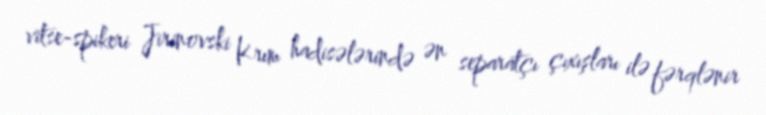
vitse-spikeri Jirinovski Krım hadisələrində ən separatçı çıxışları ilə fərqlənir